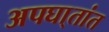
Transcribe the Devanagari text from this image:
अपघा्तांत